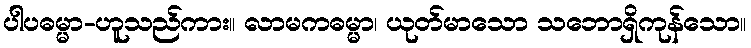
ပါပဓမ္မာ-ဟူသည်ကား။ လာမကဓမ္မာ၊ ယုတ်မာသော သဘောရှိကုန်သော။